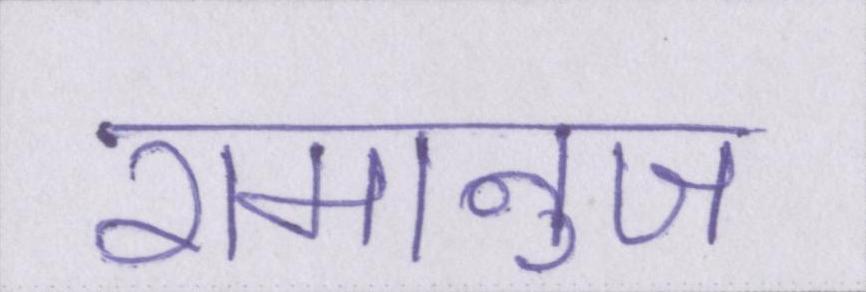
रामानुज